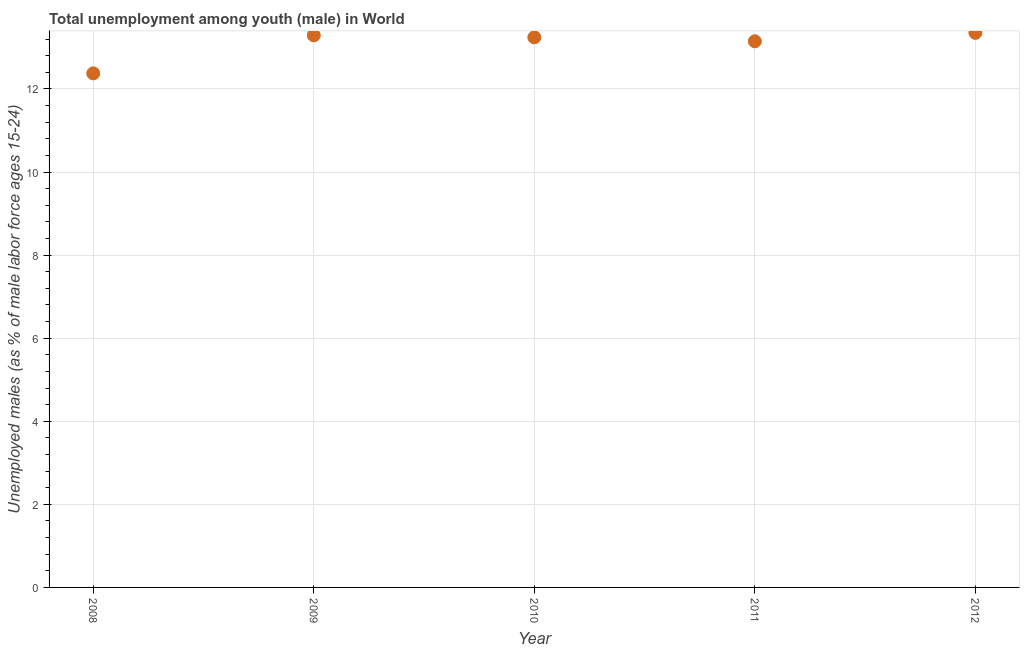
| Year | Unemployment |
 | --- | --- |
 | 2008 | 12.4 |
 | 2009 | 13.3 |
 | 2010 | 13.2 |
 | 2011 | 13.1 |
 | 2012 | 13.4 |